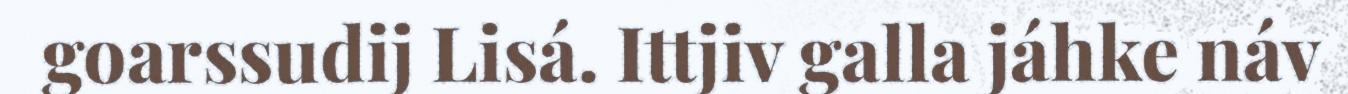
goarssudij Lisá. Ittjiv galla jáhke náv